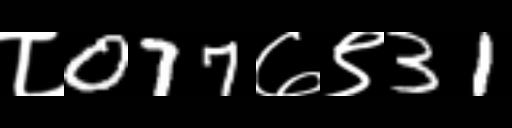
Text: ८077७९31